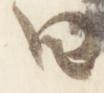
曰